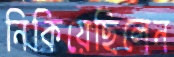
নিকিয়েছিলেন